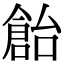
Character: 𠏓